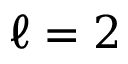
\ell = 2